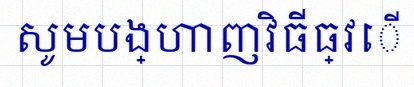
សូមបង្ហាញវិធីធ្វើ